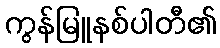
ကွန်မြူနစ်ပါတီ၏